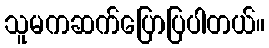
သူမကဆက်ပြောပြပါတယ်။